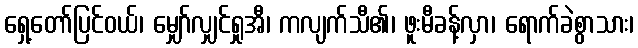
ရှေ့တော်ပြင်ဝယ်၊ မျှော်လျှင်ရှုအီ၊ ကလျက်သီ၏၊ ဖူးမီခန့်လှာ၊ ရောက်ခဲစွာသား၊